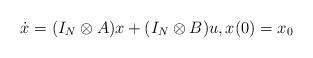
LaTeX: \begin{align*}\dot{x} = (I_N\otimes A) x + (I_N\otimes B)u,x(0) =x_0\end{align*}